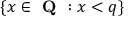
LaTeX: \{ x \in { \textbf { Q } } : x < q \}